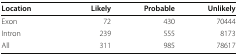
| Location | Likely | Probable | Unlikely |
 | --- | --- | --- | --- |
 | Exon | 72 | 430 | 70444 |
 | Intron | 239 | 555 | 8173 |
 | All | 311 | 985 | 78617 |